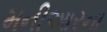
મનીઆરના